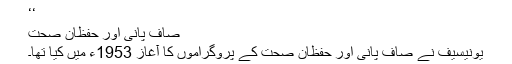
‘‘
صاف پانی اور حفظان صحت
یونیسیف نے صاف پانی اور حفظان صحت کے پروگراموں کا آغاز 1953ء میں کیا تھا۔